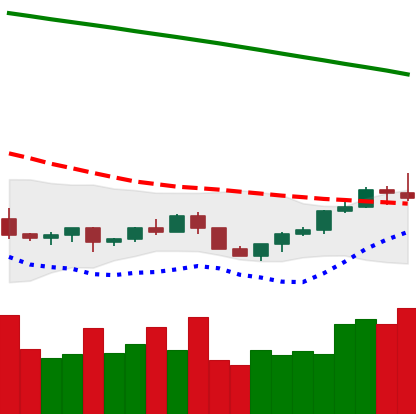
Ticker: LTC-USD
Chart end date: 2022-07-20
Forward return: -5.017%
Label: down_5_7